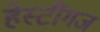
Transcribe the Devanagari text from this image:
हेस्टींगज